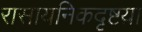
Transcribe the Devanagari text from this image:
रासायनिकदृष्टय़ा